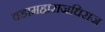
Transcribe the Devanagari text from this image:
वडामहाराजधिराज